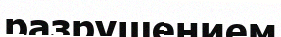
разрушением